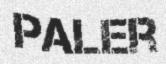
PALER